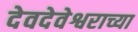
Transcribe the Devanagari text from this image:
देवदेवेश्वराच्या